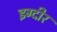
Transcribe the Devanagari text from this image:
इग्दीर